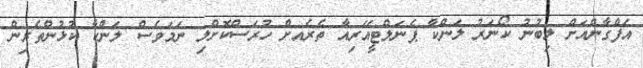
އަފްގާންއަށް ލިބުނު ކޯނަރު ލަންކާ ޕެނަލްޓީއޭރިއާ ތެރެއށް ހުރަސްކޮށްލި ނަމަވެސް ލަންކާ ކުޅުންތެރިން